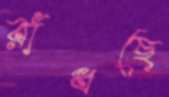
রাঁধছে